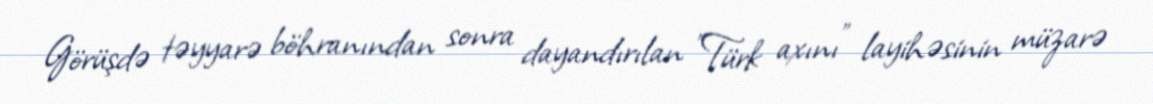
Görüşdə təyyarə böhranından sonra dayandırılan "Türk axını" layihəsinin müzarə